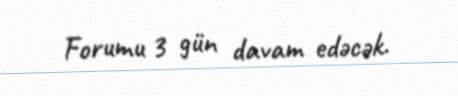
Forumu 3 gün davam edəcək.